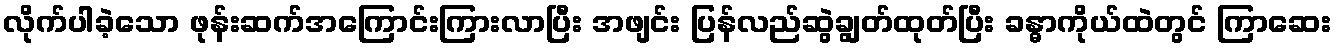
လိုက်ပါခဲ့သော ဖုန်းဆက်အကြောင်းကြားလာပြီး အဖျင်း ပြန်လည်ဆွဲချွတ်ထုတ်ပြီး ခန္ဓာကိုယ်ထဲတွင် ကြာဆေး